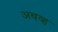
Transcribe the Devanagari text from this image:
अबव्ह